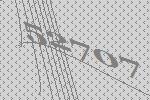
52707